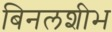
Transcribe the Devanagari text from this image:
बिनलशीभ